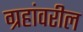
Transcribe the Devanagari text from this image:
ग्रहांवरील